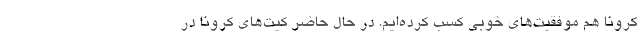
كرونا هم موفقیت‌های خوبی كسب كرده‌ایم. در حال حاضر كیت‌های كرونا در